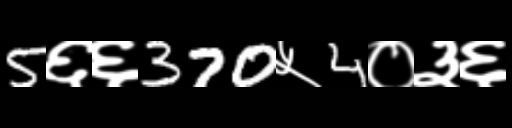
Text: 5६६370५4०३६